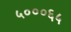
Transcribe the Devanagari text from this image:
५०००६५